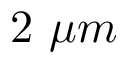
2 \ \mu m